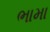
ભામા